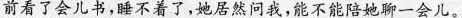
前看了会儿书，睡不着了，她居然问我，能不能陪她聊一会儿。